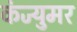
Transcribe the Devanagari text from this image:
कंज्युमर